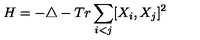
H = - \triangle - T r \sum _ { i < j } [ X _ { i } , X _ { j } ] ^ { 2 }